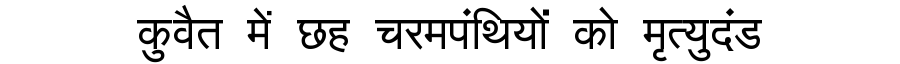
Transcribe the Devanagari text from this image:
कुवैत में छह चरमपंथियों को मृत्युदंड